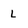
Character: L